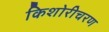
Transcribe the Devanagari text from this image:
किशोरीचरण